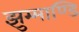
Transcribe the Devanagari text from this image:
झुम्माण्डि